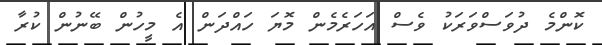
ކޮންމެ ދުވަސްވަރަކު ވެސް އަހަރެމެން މޮޔަ ހައްދަން އެ މީހުން ބޭނުން ކުރާ